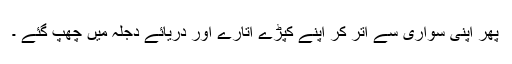
پھر اپنی سواری سے اتر کر اپنے کپڑے اتارے اور دریائے دجلہ میں چھپ گئے ۔